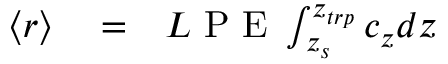
\begin{array} { r l r } { \langle r \rangle } & { { } = } & { L \textrm { P E } \int _ { z _ { s } } ^ { z _ { t r p } } c _ { z } d z } \end{array}